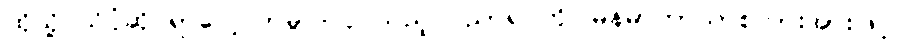
ထိုသို့ သိပ္ပံဆိုင်ရာလေ့လာမှုပြုလုပ်သည့် ပညာရပ်ကို မြန်မာဘာသာစကားအားဖြင့်